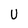
Character: U